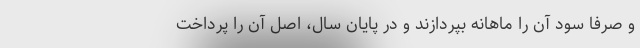
و صرفا سود آن را ماهانه بپردازند و در پایان سال، اصل آن را پرداخت